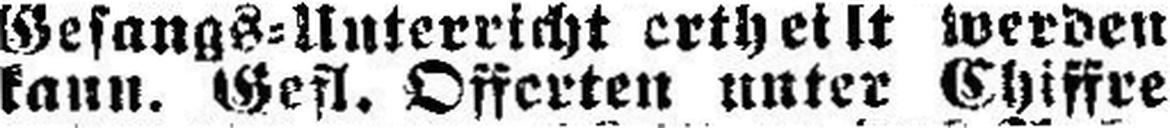
kann. Gefl. Offerten unter Chiffre